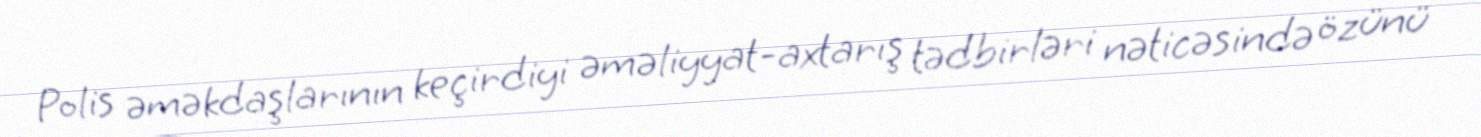
Polis əməkdaşlarının keçirdiyi əməliyyat-axtarış tədbirləri nəticəsində özünü